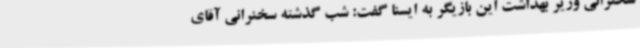
سخنرانی وزیر بهداشت این بازیگر به ایسنا گفت: شب گذشته سخنرانی آقای